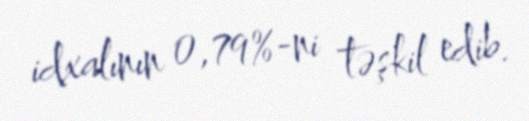
idxalının 0,79%-ni təşkil edib.